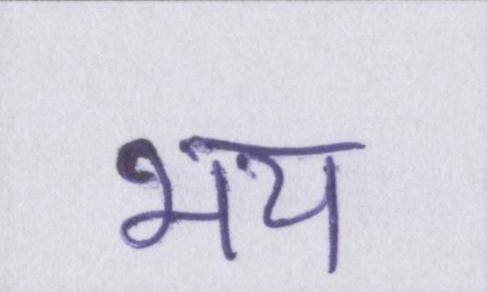
भय